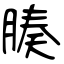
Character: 腠